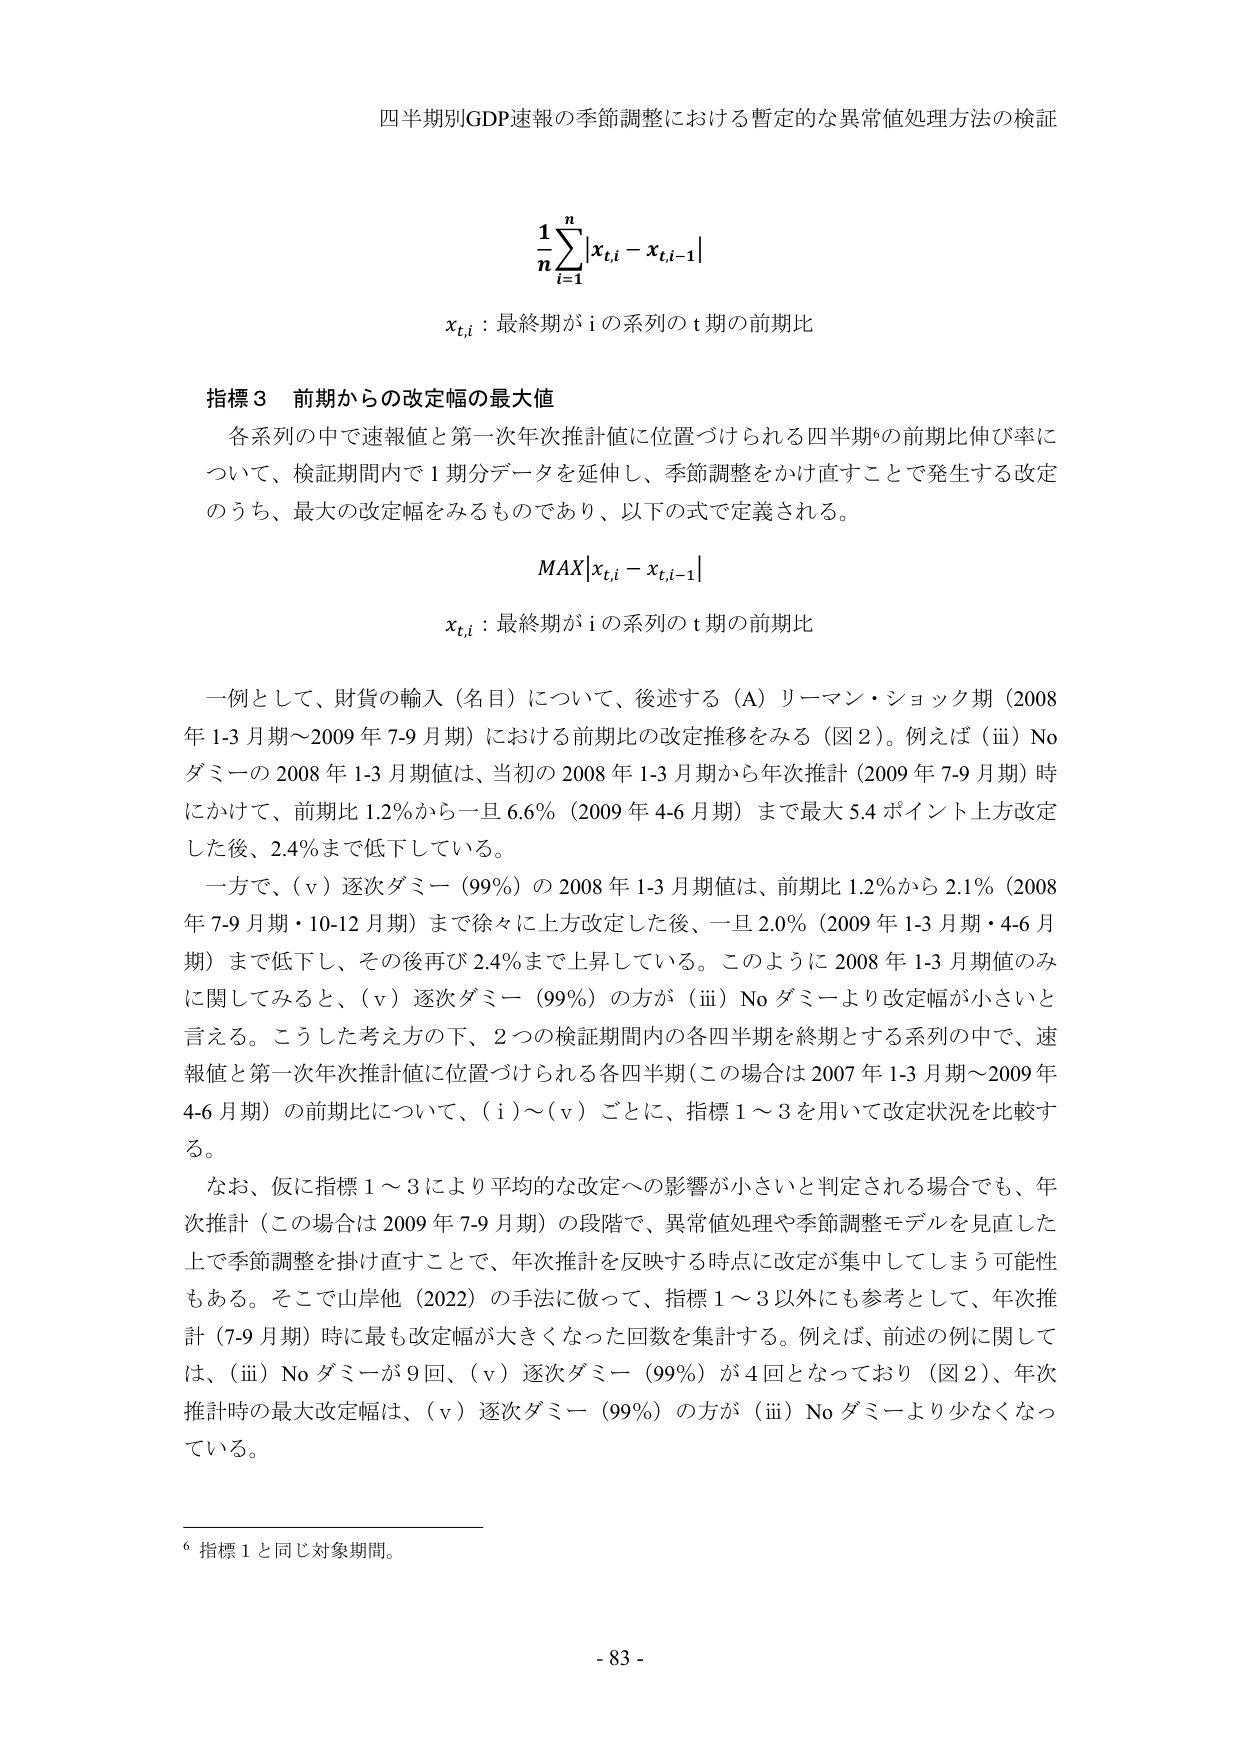
四半期別GDP速報の季節調整における暫定的な異常値処理方法の検証

\frac{1}{n}\sum_{i=1}^{n}|x_{t,i}-x_{t,i-1}|

x_{t,i}：最終期が i の系列の t 期の前期比

指標3 前期からの改定幅の最大値

各系列の中で速報値と第一次年次推計値に位置づけられる四半期の前期比伸び率について、検証期間内で1期分データを延伸し、季節調整をかけ直すことで発生する改定のうち、最大の改定幅をみるものであり、以下の式で定義される。

MAX|x_{t,i}-x_{t,i-1}|

x_{t,i}：最終期が i の系列の t 期の前期比

一例として、財貨の輸入（名目）について、後述する（A）リーマン・ショック期（2008年1-3月期～2009年7-9月期）における前期比の改定推移をみる（図2）。例えば（iii）Noダミーの2008年1-3月期値は、当初の2008年1-3月期から年次推計（2009年7-9月期）時にかけて、前期比1.2％から一旦6.6％（2009年4-6月期）まで最大5.4ポイント上方改定した後、2.4％まで低下している。

一方で、（v）逐次ダミー（99％）の2008年1-3月期値は、前期比1.2％から2.1％（2008年7-9月期・10-12月期）まで徐々に上方改定した後、一旦2.0％（2009年1-3月期・4-6月期）まで低下し、その後再び2.4％まで上昇している。このように2008年1-3月期値のみに関してみると、（v）逐次ダミー（99％）の方が（iii）Noダミーより改定幅が小さいと言える。こうした考え方の下、2つの検証期間内の各四半期を終期とする系列の中で、速報値と第一次年次推計値に位置づけられる各四半期（この場合は2007年1-3月期～2009年4-6月期）の前期比について、（i）～（v）ごとに、指標1～3を用いて改定状況を比較する。

なお、仮に指標1～3により平均的な改定への影響が小さいと判定される場合でも、年次推計（この場合は2009年7-9月期）の段階で、異常値処理や季節調整モデルを見直した上で季節調整を掛け直すことで、年次推計を反映する時点に改定が集中してしまう可能性もある。そこで山岸他（2022）の手法に倣って、指標1～3以外にも参考として、年次推計（7-9月期）時に最も改定幅が大きくなった回数を集計する。例えば、前述の例に関しては、（iii）Noダミーが9回、（v）逐次ダミー（99％）が4回となっており（図2）、年次推計時の最大改定幅は、（v）逐次ダミー（99％）の方が（iii）Noダミーより少なくなっている。

⁶ 指標1と同じ対象期間。

- 83 -